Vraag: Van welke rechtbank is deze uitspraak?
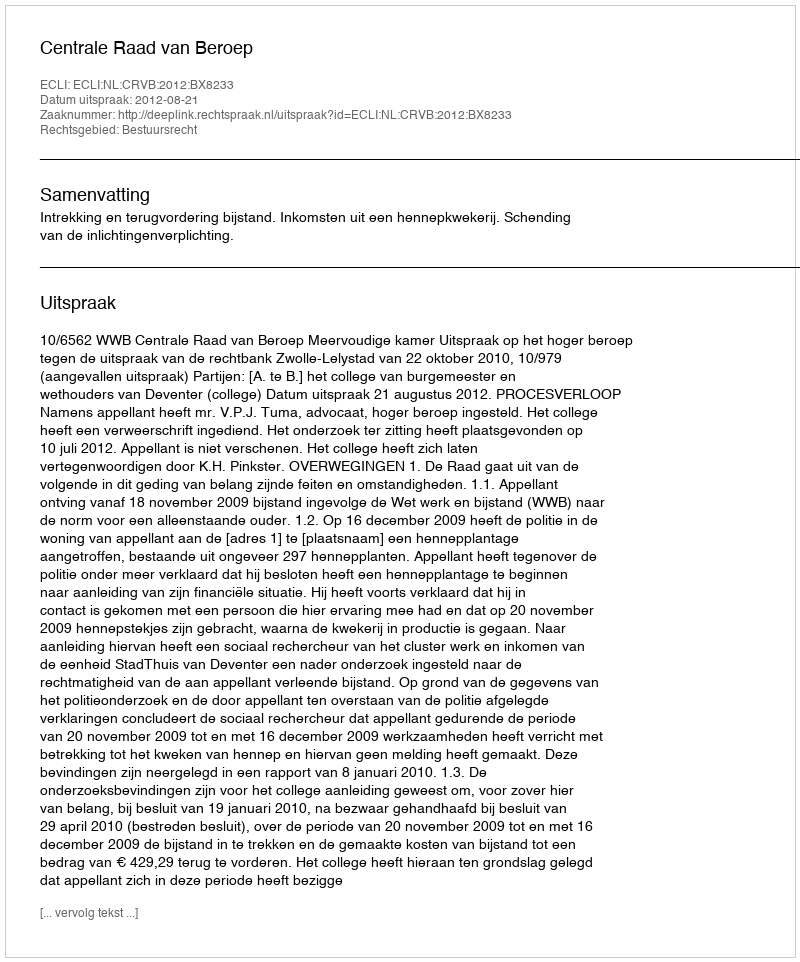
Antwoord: Centrale Raad van Beroep